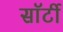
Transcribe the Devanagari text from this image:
साॅर्टी